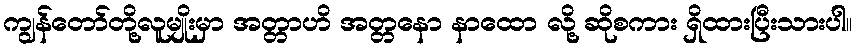
ကျွန်တော်တို့လူမျိုးမှာ အတ္တာဟိ အတ္တနော နာထော လို့ ဆိုစကား ရှိထားပြီးသားပါ။